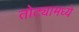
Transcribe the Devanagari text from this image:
तोट्यामध्ये